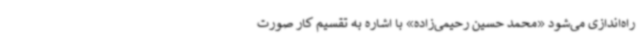
راه‌اندازی می‌شود «محمد حسین رحیمی‌زاده» با اشاره به تقسیم کار صورت